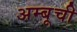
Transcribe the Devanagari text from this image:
अम्बूची